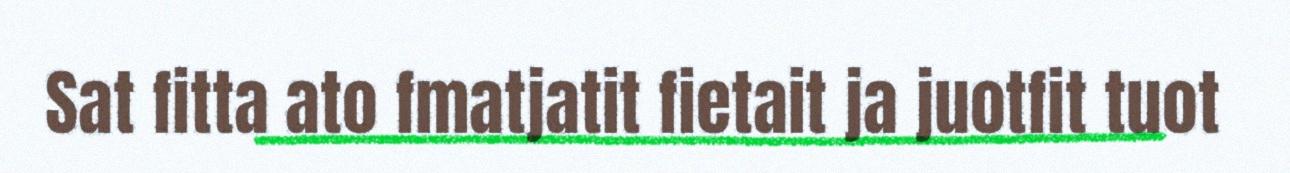
Sat fitta ato fmatjatit fietait ja juotfit tuot